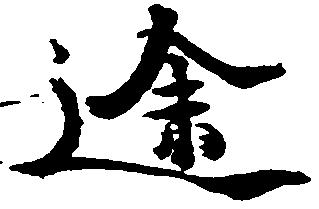
途